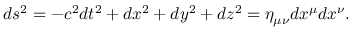
d s ^ { 2 } = - c ^ { 2 } d t ^ { 2 } + d x ^ { 2 } + d y ^ { 2 } + d z ^ { 2 } = \eta _ { \mu \nu } d x ^ { \mu } d x ^ { \nu } .